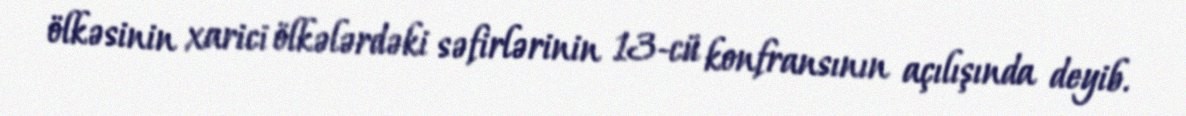
ölkəsinin xarici ölkələrdəki səfirlərinin 13-cü konfransının açılışında deyib.